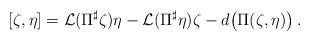
LaTeX: \begin{align*} [\zeta,\eta]={\cal L}(\Pi^\sharp\zeta)\eta -{\cal L}(\Pi^\sharp\eta)\zeta -d\bigl(\Pi(\zeta,\eta)\bigr)\,. \end{align*}